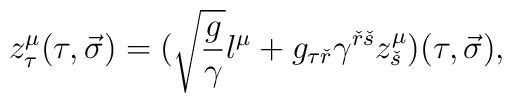
z^{\mu}_{\tau}(\tau ,\vec \sigma )=(\sqrt{ {g\over {\gamma}} }l^{\mu}+g_{\tau {\check r}}\gamma^{{\check r}{\check s}}z^{\mu}_{\check s})(\tau ,\vec \sigma ),